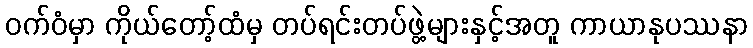
ဝက်ဝံမှာ ကိုယ်တော့်ထံမှ တပ်ရင်းတပ်ဖွဲ့များနှင့်အတူ ကာယာနုပဿနာ